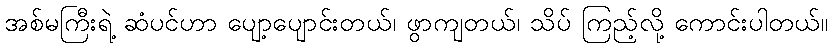
အစ်မကြီးရဲ့ ဆံပင်ဟာ ပျော့ပျောင်းတယ်၊ ဖွာကျတယ်၊ သိပ် ကြည့်လို့ ကောင်းပါတယ်။